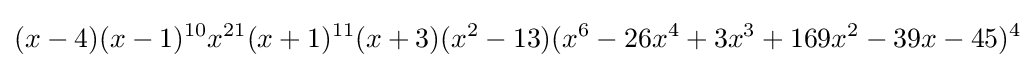
(x-4)(x-1)^{10}x^{21}(x+1)^{11}(x+3)(x^{2}-13)(x^{6}-26x^{4}+3x^{3}+169x^{2}-39x-45)^{4}